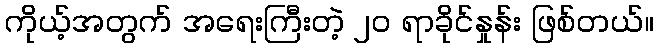
ကိုယ့်အတွက် အရေးကြီးတဲ့ ၂၀ ရာခိုင်နှုန်း ဖြစ်တယ်။